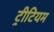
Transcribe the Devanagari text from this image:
ट्रीटियम